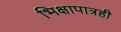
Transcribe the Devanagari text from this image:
भिक्षापात्रही